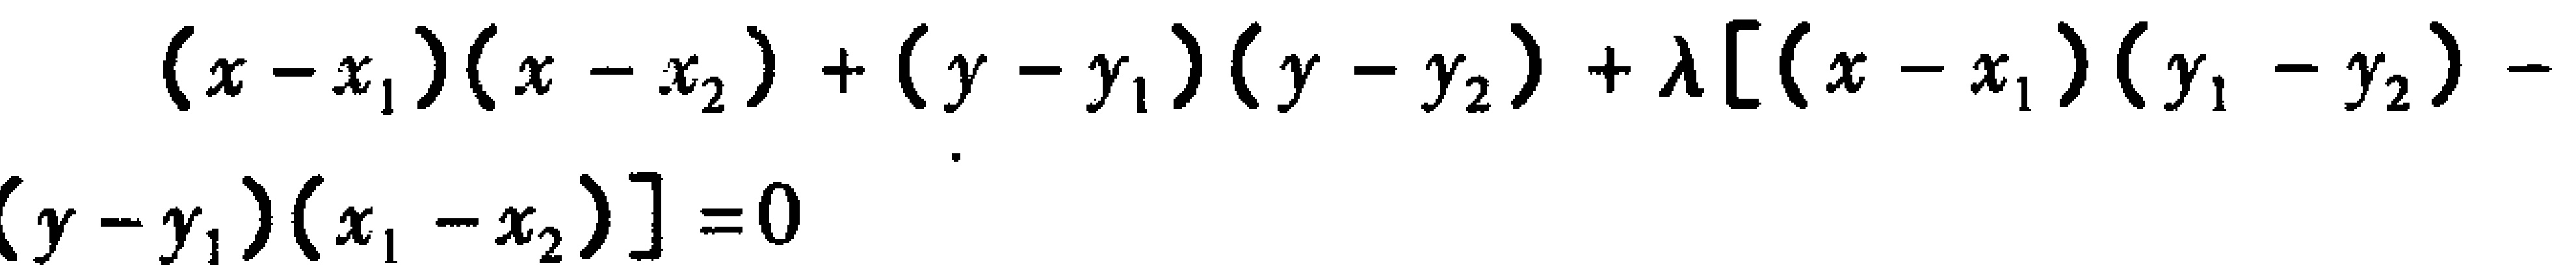
\((x - x_1)(x - x_2)+(y - y_1)(y - y_2)+\lambda\left[(x - x_1)(y_1 - y_2)-(y - y_1)(x_1 - x_2)\right]=0\)